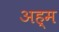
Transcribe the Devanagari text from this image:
अह्म